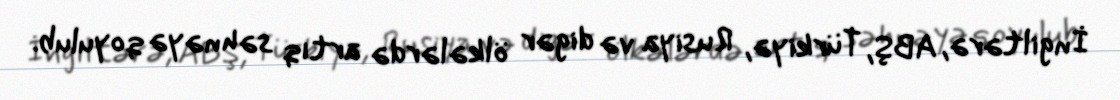
İngiltərə, ABŞ, Türkiyə, Rusiya və digər ölkələrdə artıq səhnəyə qoyulub.